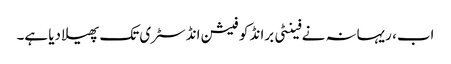
اب، ریہانہ نے فینٹی برانڈ کو فیشن انڈسٹری تک پھیلا دیا ہے۔